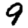
Digit: 9